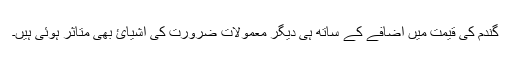
گندم کی قیمت میں اضافے کے ساتھ ہی دیگر معمولات ضرورت کی اشیائ بھی متاثر ہوئی ہیں۔